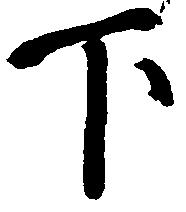
下